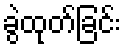
ခွဲထုတ်ခြင်း